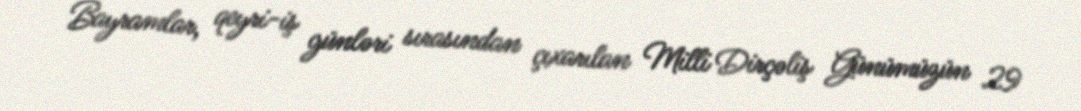
Bayramlar, qeyri-iş günləri sırasından çıxarılan Milli Dirçəliş Günümüzün 29